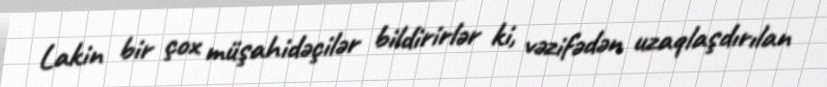
Lakin bir çox müşahidəçilər bildirirlər ki, vəzifədən uzaqlaşdırılan